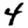
Digit: 4